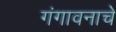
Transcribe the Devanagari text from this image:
गंगावनाचे